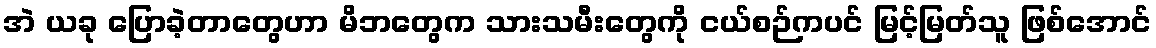
အဲ ယခု ပြောခဲ့တာတွေဟာ မိဘတွေက သားသမီးတွေကို ငယ်စဉ်ကပင် မြင့်မြတ်သူ ဖြစ်အောင်